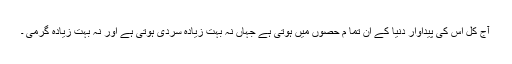
آج کل اس کی پیداوار دنیا کے ان تما م حصوں میں ہوتی ہے جہاں نہ بہت زیادہ سردی ہوتی ہے اور نہ بہت زیادہ گرمی ۔